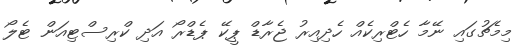
މިމެޗުގައި ނޭމާ ހެޓްރިކެއް ހެދިއިރު ޖެރާޑް ޕީކޭ ޕެޑްރޯ އަދި ކްރިސްޓިއަން ޓެލޯ